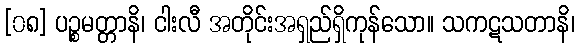
[၀၈] ပဉ္စမတ္တာနိ၊ ငါးလီ အတိုင်းအရှည်ရှိကုန်သော။ သကဋသတာနိ၊